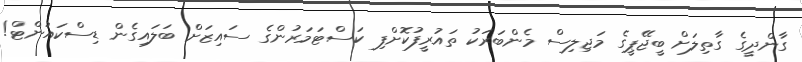
ގާންދީގެ ގާތިލަށް ބީޖޭޕީގެ މަޖިލިސް މެންބަރަކު ތައުރީފުކޮށްފި ކަސްޓަމަރުންގެ ސައިޒަށް ބަލައިގެން ޑިސްކައުންޓް!